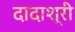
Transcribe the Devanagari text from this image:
दादाश्री